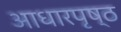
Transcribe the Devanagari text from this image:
आधारपृष्ठ